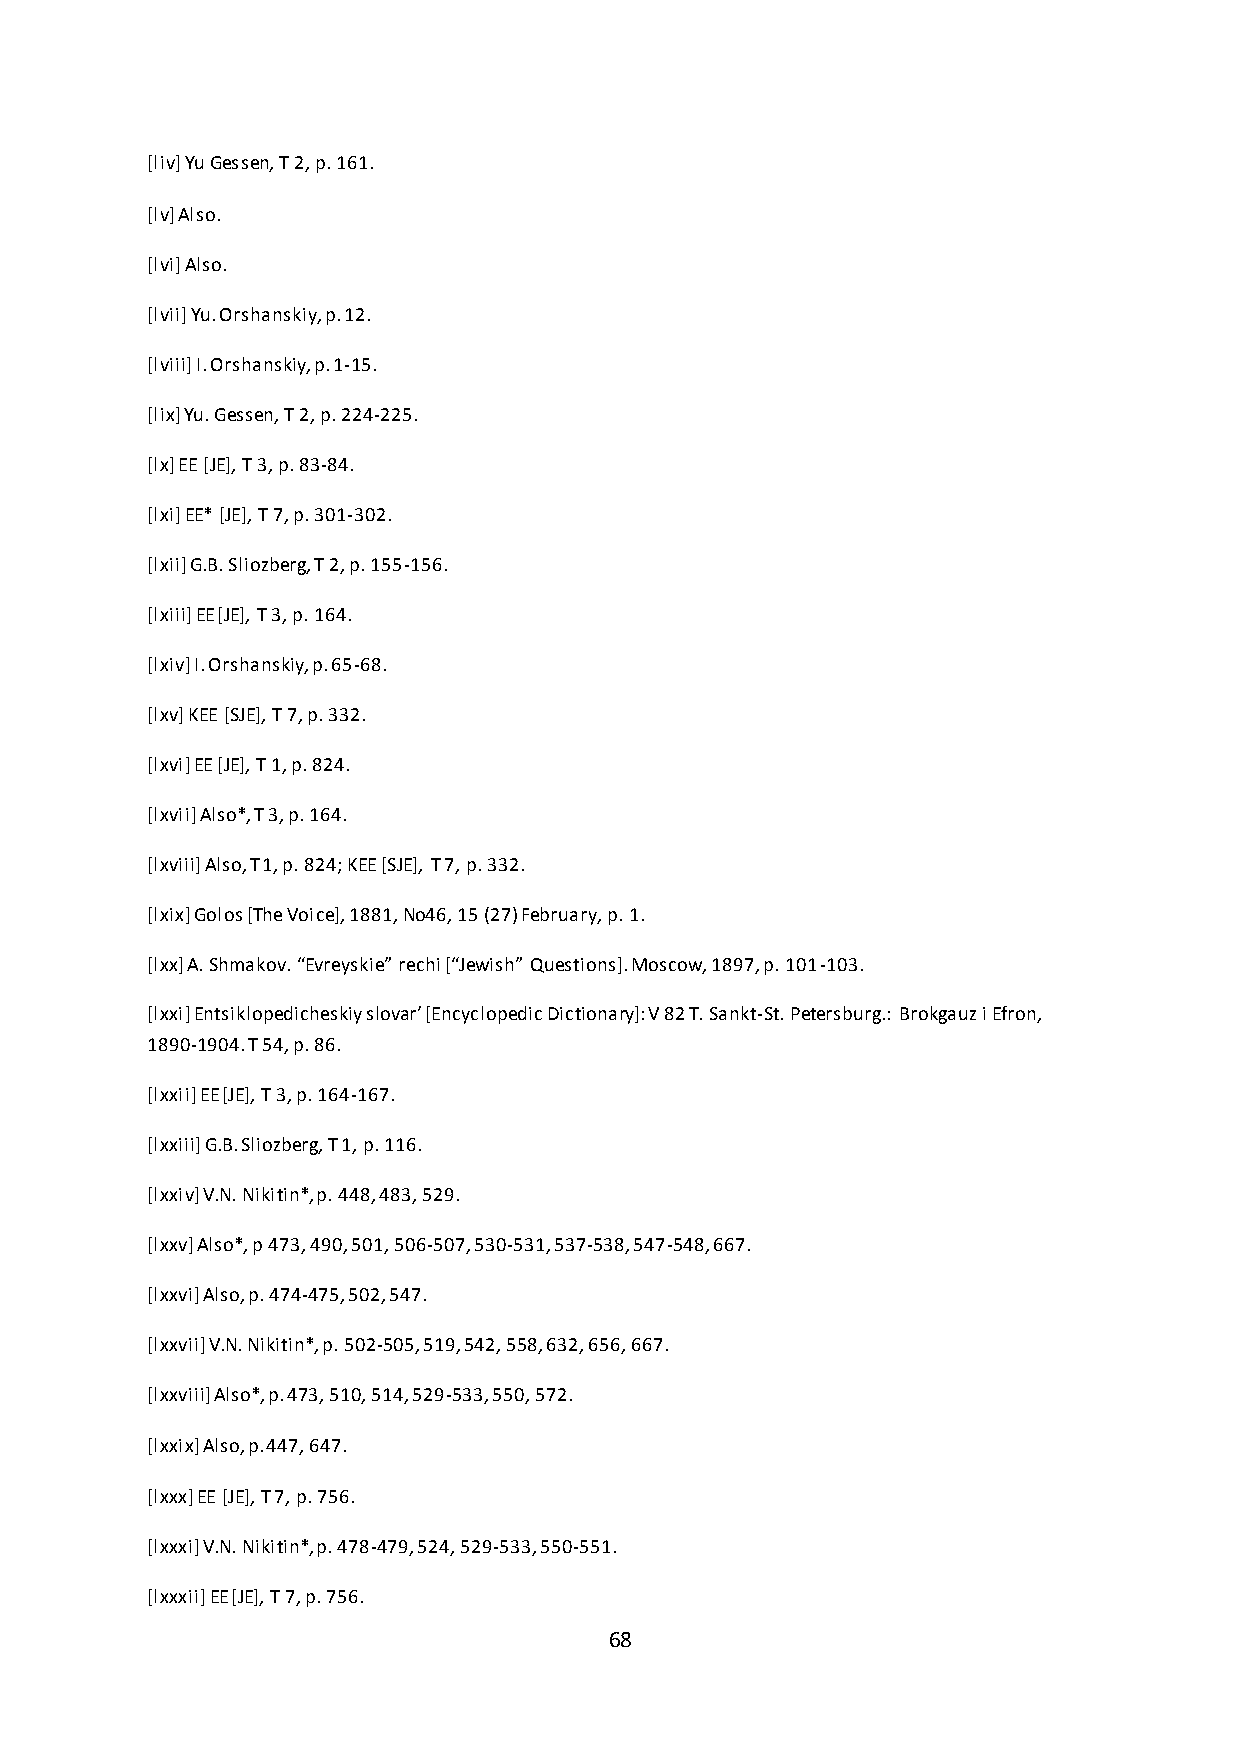
[liv] Yu Gessen, T 2, p. 161.
 [lv] Also.
 [lvi] Also.
 [lvii] Yu. Orshanskiy, p. 12.
 [lviii] I. Orshanskiy, p. 1-15.
 [lix] Yu. Gessen, T 2, p. 224-225.
 [lx] EE [JE], T 3, p. 83-84.
 [lxi] EE* [JE], T 7, p. 301-302.
 [lxii] G.B. Sliozberg, T 2, p. 155-156.
 [lxiii] EE [JE], T 3, p. 164.
 [lxiv] I. Orshanskiy, p. 65-68.
 [lxv] KEE [SJE], T 7, p. 332.
 [lxvi] EE [JE], T 1, p. 824.
 [lxvii] Also*, T 3, p. 164.
 [lxviii] Also, T 1, p. 824; KEE [SJE], T 7, p. 332.
 [lxix] Golos [The Voice], 1881, No46, 15 (27) February, p. 1.
 *lxx+ A. Shmakov. “Evreyskie” rechi *“Jewish” Questions+. Moscow, 1897, p. 101-103.
 [lxxi+ Entsiklopedicheskiy slovar’ *Encyclopedic Dictionary+: V 82 T. Sankt-St. Petersburg.: Brokgauz i Efron,
 1890-1904. T 54, p. 86.
 [lxxii] EE [JE], T 3, p. 164-167.
 [lxxiii] G.B. Sliozberg, T 1, p. 116.
 [lxxiv] V.N. Nikitin*, p. 448, 483, 529.
 [lxxv] Also*, p 473, 490, 501, 506-507, 530-531, 537-538, 547-548, 667.
 [lxxvi] Also, p. 474-475, 502, 547.
 [lxxvii] V.N. Nikitin*, p. 502-505, 519, 542, 558, 632, 656, 667.
 [lxxviii] Also*, p. 473, 510, 514, 529-533, 550, 572.
 [lxxix] Also, p. 447, 647.
 [lxxx] EE [JE], T 7, p. 756.
 [lxxxi] V.N. Nikitin*, p. 478-479, 524, 529-533, 550-551.
 [lxxxii] EE [JE], T 7, p. 756.
 68